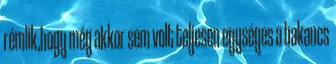
rémlik,hogy még akkor sem volt teljesen egységes a bakancs